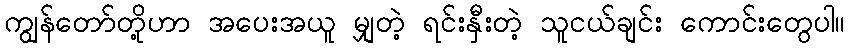
ကျွန်တော်တို့ဟာ အပေးအယူ မျှတဲ့ ရင်းနှီးတဲ့ သူငယ်ချင်း ကောင်းတွေပါ။